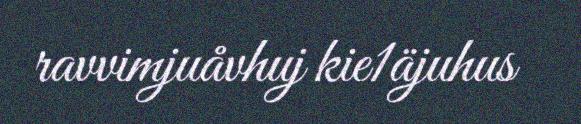
ravvimjuåvhuj kie1äjuhus